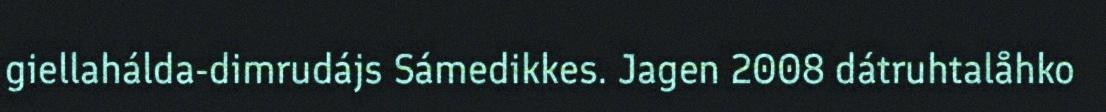
giellahálda-dimrudájs Sámedikkes. Jagen 2008 dátruhtalåhko